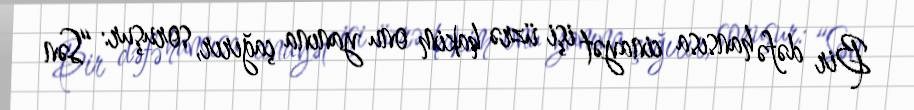
Bir dəfə hansısa cinayət işi üzrə hakim onu yanına çağırır, soruşur: “Sən